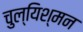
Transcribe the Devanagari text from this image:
चुल्यिश्मन